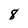
Character: 8